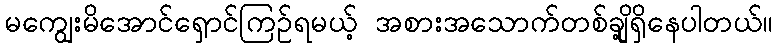
မကျွေးမိအောင်ရှောင်ကြဉ်ရမယ့် အစားအသောက်တစ်ချို့ရှိနေပါတယ်။